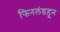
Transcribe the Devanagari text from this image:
फिनलंडहून